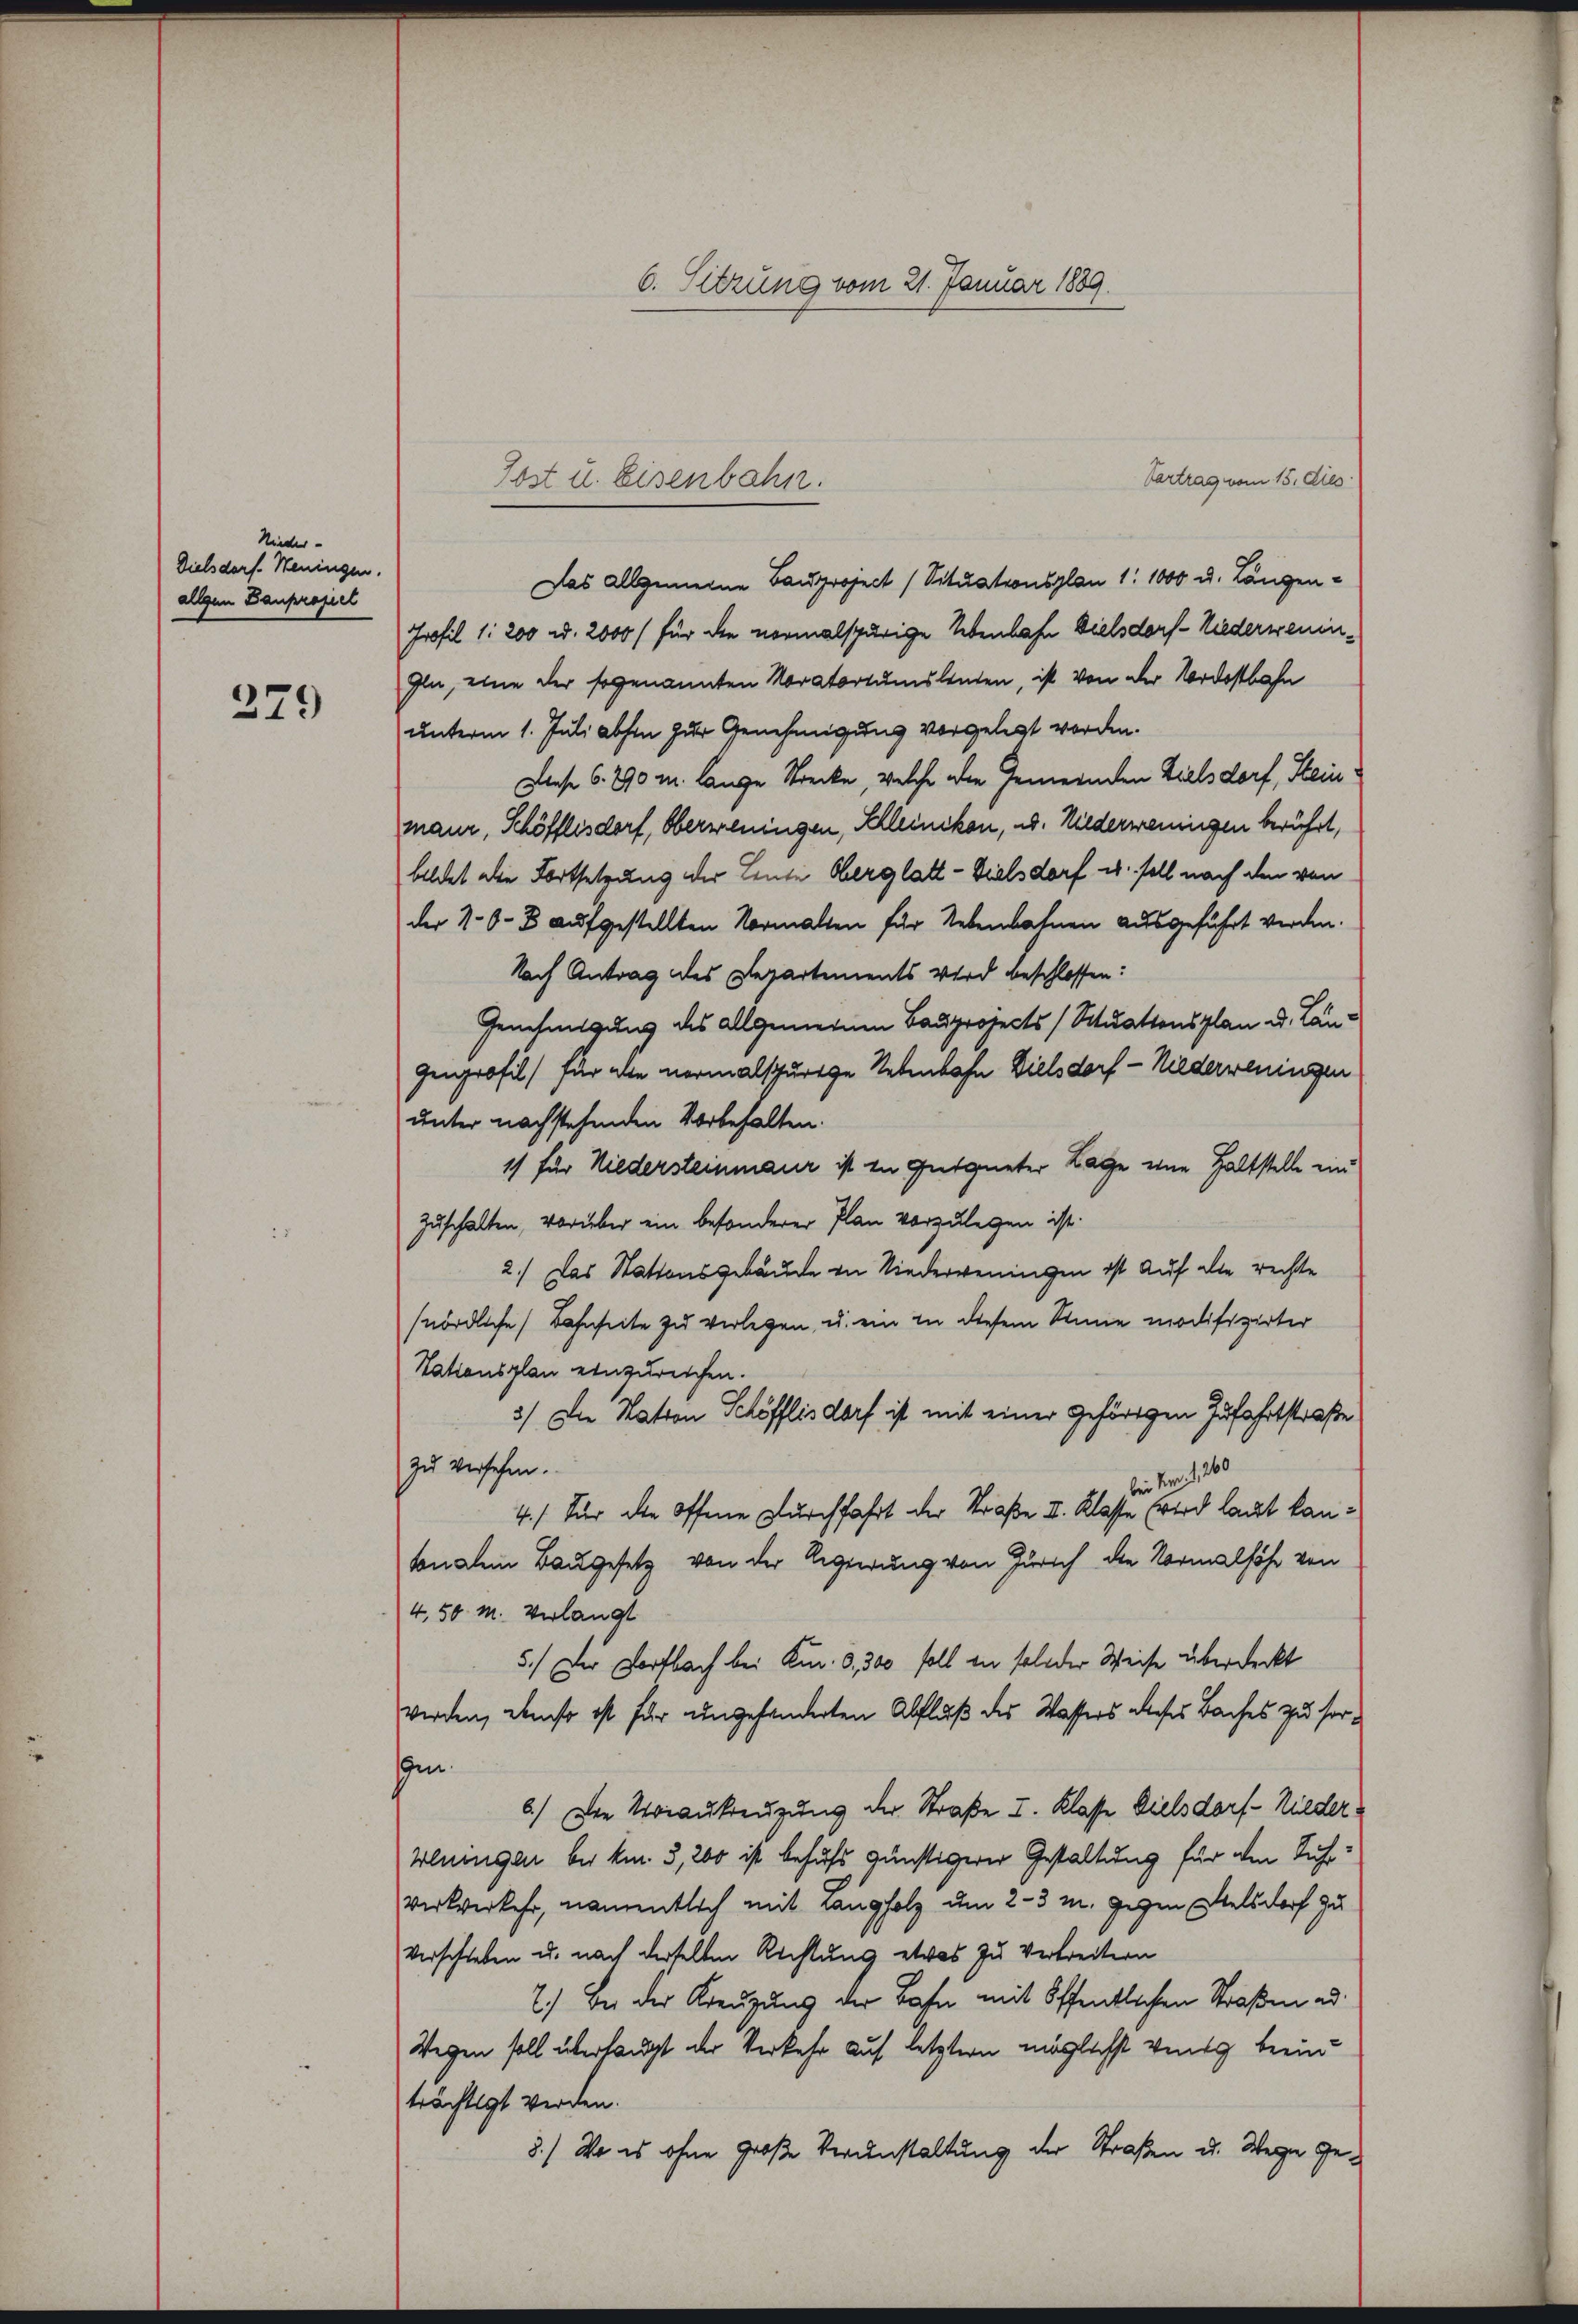
Nieder-
Dielsdorf. Weningen.
allgen Bauprojiel

279

Jost u. Eisenbahn.

Vertrag vom 15. Dies
Das allgemeine Bauproject (Situationsplan 1. 1000 u. Langen¬
Profil 1. 200 u. 2000 (für die vormalspurige Lebenbahn Vielsdorf-Niederwenin¬
Gln, eine der sogenannten Noratoriumsleuten, ist von der Nordostbahn
unterm 1. Juli abhin zur Genehmigung vorgelegt worden.
Diese 6. 790 m lange Strecke, welche die Gemeinden Zielsdorf, Stein
maur, Schöfflisdorf, Oberweningen, Schleinikon, u. Niederweningen berührt,
bildet die Fortsetzung der Leute Oberglatt- Vielsdorf u. soll nach den von
der 188 aufgestellten Normalten für Lebenbahnen ausgeführt werden.
Nach Antrag des Departements wird beschlossen:
Genehmigung des allgemeinen Bauprojects (Situationsplan Dr. Längenprofil) für die normalschurige Nebenbahn Vielsdorf - Niederweningen
unter nachstehenden Vorbehalten.
1) für Niedersteinmaur ist in Gegneter Lage eine Haltstelle ein
Zuschalten, vorüber ein besonderer Plan vorzulegen ist.
2.) Das Stationsgebäude in Niederweningen ist auf die rechte
(nördliche Bahnseite zu verlegen, u. ein in diesem Sinne modifizirter
Tationsplan einzureichen.
3.) Die Nation Schöfflisdorf ist mit einer gehörigen Zufahrtstraße
zu versehen.
din der 1860
4.) Für die offene Durchfahrt der Straße II. Klasse wird laut kantonalein Baugesetz von der Regierung von Zürich die Normalhöhe von
4,50 M. Verlangt
5.) Der Dorfbach bei Kr. 0,300 soll in solider Weise überdeckt
werden, ebenso ist für ungehanderten Abfluß des Wassers dieses Baches zu sorgen
6.) Die Voraukreuzung der Straße I. Klasse Dielsdorf- Nieder¬
Weningen bei km. 3, 200 ist behufs günstigerer Gestaltung für den Richverkverkehr, namentlich mit Langholz um 2-3 M. gegen Welsdorf zu
Verschieben u. nach derselben Richtung etwas zu Vertreitern
2.) Bei der Kreuzung der Bahn mit öffentlichen Straßen ad
Wegen soll überhaupt der Verkehr auf letztern möglichst venig beein
trächtigt werden.
8.) Wo es ohne große Veranstaltung der Straßen u. Wege ge¬

6. Sitzung vom 21. Januar 1889.